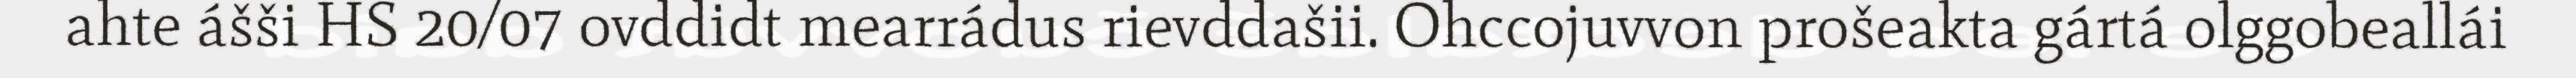
ahte ášši HS 20/07 ovddidt mearrádus rievddašii. Ohccojuvvon prošeakta gártá olggobeallái